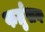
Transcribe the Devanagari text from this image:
फर्ग्रुसन